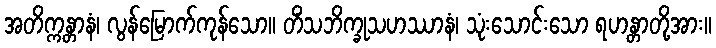
အတိက္ကန္တာနံ၊ လွန်မြောက်ကုန်သော။ တိံသဘိက္ခုသဟဿာနံ၊ သုံးသောင်းသော ရဟန္တာတို့အား။